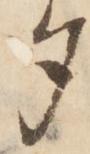
夕